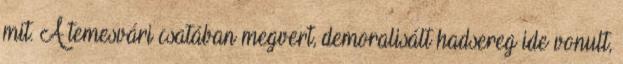
mit. A temesvári csatában megvert, demoralisált hadsereg ide vonult,